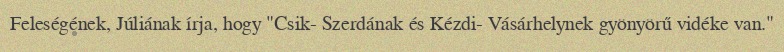
Feleségének, Júliának írja, hogy "Csik- Szerdának és Kézdi- Vásárhelynek gyönyörű vidéke van."